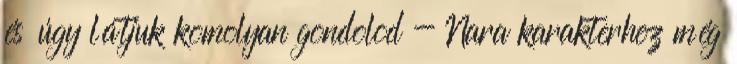
és úgy látjuk komolyan gondolod - Nara karakterhez még